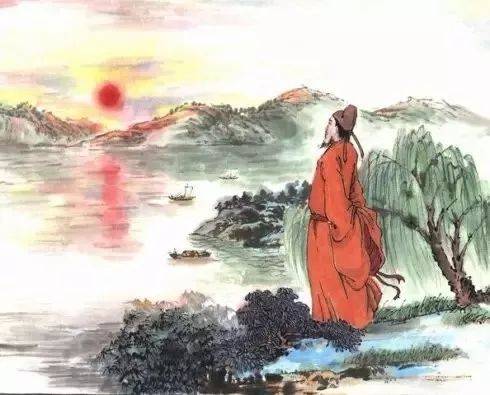
一道残阳铺水中，半江瑟瑟半江红。